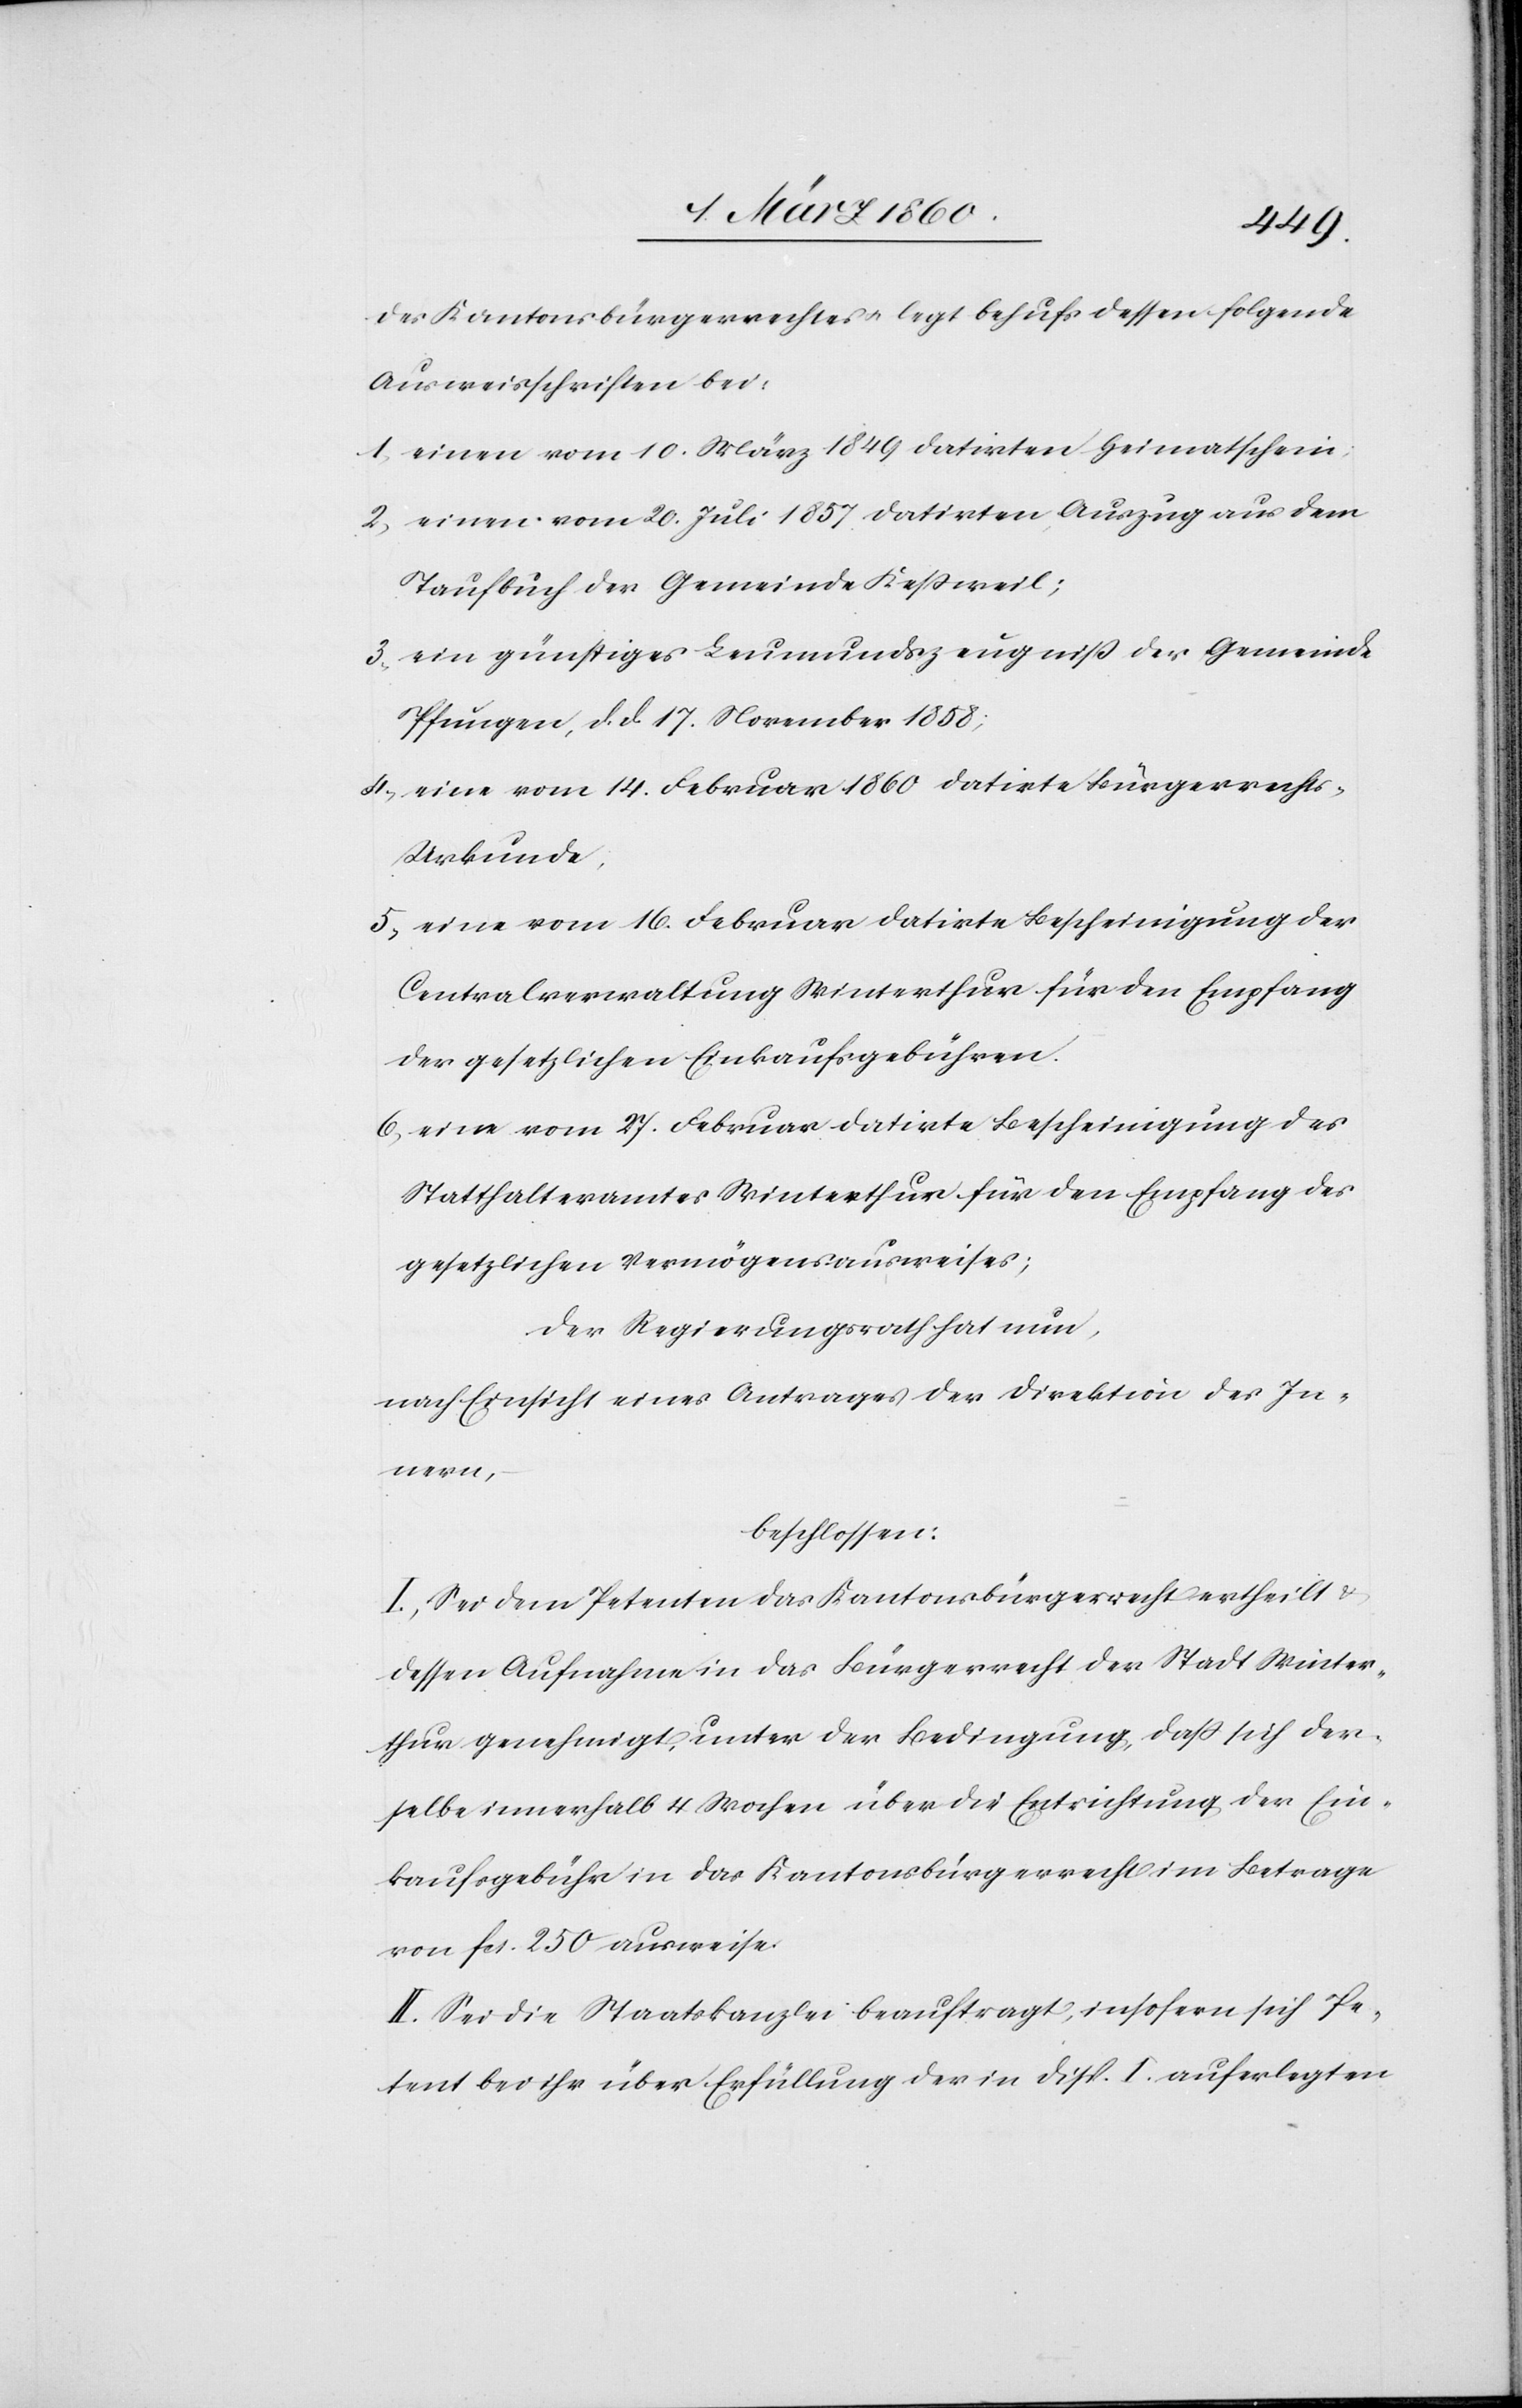
des Kantonsbürgerrechtes u. legt behufs dessen folgende
Ausweisschriften bei:
1. einen vom 10. März 1849 datirten Heimatschein.
2. einen vom 20. Juli 14857 datirten Auszug aus dem
Taufbuch der Gemeinde Kessweil;
3. ein günstiges Leumundszeugniss der Gemeinde
Pfungen, d. d. 17. November 1858;
4. eine vom 14. Februar 1860 datirte Bürgerrecht¬
s-Urkunde.
5. eine vom 16. Februar datirte Bescheinigung der
Centralverwaltung Winterthur für den Empfang
der gesetzlichen Einkaufsgebühren.
6. eine vom 27. Februar datirte Bescheinigung des
Statthalteramtes Winterthur für den Empfang des
gesetzlichen Vermögensausweises;
Der Regierungsrath hat nun,
nach Einsicht eines Antrages der Direktion des In¬
nern,
beschlossen:
I. Sei dem Petenten das Kantonsbürgerrecht ertheilt u.
dessen Aufnahme in das Bürgerrecht der Stadt Winter¬
thur genehmigt, unter der Bedingung, dass sich der¬
selbe innerhalb 4 Wochen über die Entrichtung der Ein¬
kaufsgebühr in das Kantonsbürgerrecht im Betrage
von fcs. 250 ausweise.
II. Sei die Staatskanzlei beauftragt, insofern sich Pe¬
tent bei ihr über Erfüllung der in Disp. I. auferlegten